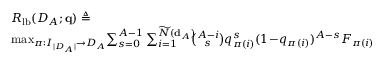
\begin{array} { r l } { \! \! \! } & { R _ { \mathrm { l b } } ( { \cal D } _ { \cal A } ; { \bf q } ) \triangleq } \\ { \! \! \! \! } & { \operatorname* { m a x } _ { \pi : { \cal I } _ { | { \cal D } _ { \cal A } | } \rightarrow { \cal D } _ { \cal A } } \! \sum _ { s = 0 } ^ { A - 1 } \sum _ { i = 1 } ^ { \widetilde { N } ( { \bf d } _ { \cal A } ) } \! \! \! \binom { A - i } { s } q _ { \pi ( i ) } ^ { s } ( 1 \! - \! q _ { \pi ( i ) } ) ^ { A - s } F _ { \pi ( i ) } } \end{array}